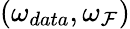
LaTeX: (\omega_{data},\omega_{\mathcal{F}})